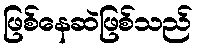
ဖြစ်နေဆဲဖြစ်သည်